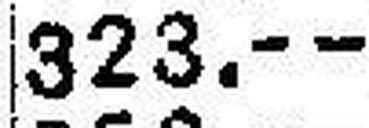
323.—